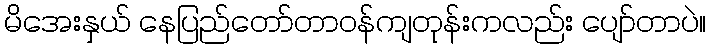
မိအေးနှယ် နေပြည်တော်တာဝန်ကျတုန်းကလည်း ပျော်တာပဲ။